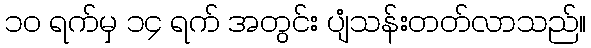
၁၀ ရက်မှ ၁၄ ရက် အတွင်း ပျံသန်းတတ်လာသည်။